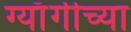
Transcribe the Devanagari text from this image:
ग्याँगीच्या